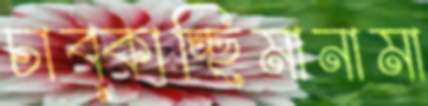
চাব্‌কাচ্ছিমানামা